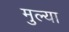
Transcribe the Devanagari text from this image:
मुल्या